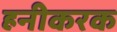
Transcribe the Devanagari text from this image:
हनीकरक